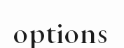
options